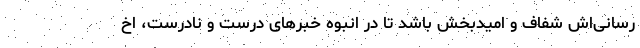
رسانی‌اش شفاف و امیدبخش باشد تا در انبوه خبرهای درست و نادرست، اخ